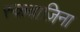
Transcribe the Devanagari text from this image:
स्कवाज़िना